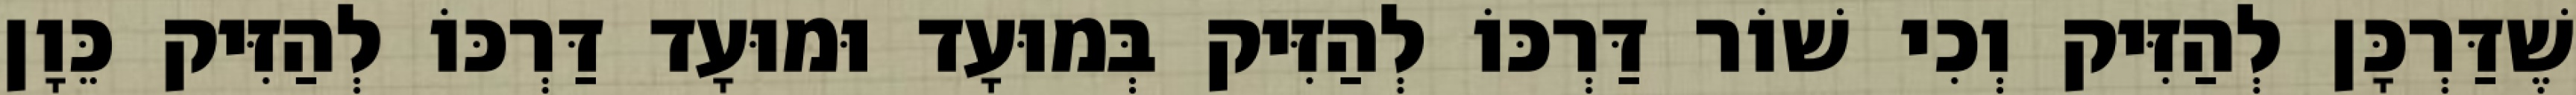
שֶׁדַּרְכָּן לְהַזִּיק וְכִי שׁוֹר דַּרְכּוֹ לְהַזִּיק בְּמוּעָד וּמוּעָד דַּרְכּוֹ לְהַזִּיק כֵּוָן